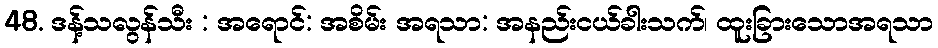
48. ဒန့်သလွန်သီး : အရောင်: အစိမ်း အရသာ: အနည်းငယ်ခါးသက်၊ ထူးခြားသောအရသာ